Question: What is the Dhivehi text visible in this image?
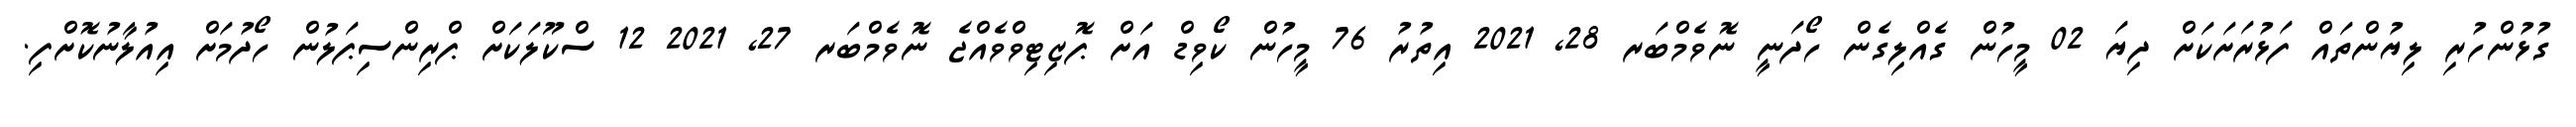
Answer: ގުޅުންހުރި ލިޔުންތައް ފަޅުރަށަކަށް ދިޔަ 02 މީހުން ގެއްލިގެން ހޯދަނީ ނޮވެމްބަރ 28, 2021 އިތުރު 76 މީހުން ކޯވިޑް އަށް ޕޮޒިޓިވްވެއްޖެ ނޮވެމްބަރ 27, 2021 12 ސްކޫލަކަށް ޕްރިންސިޕަލުން ހޯދުމަށް އިއުލާނުކޮށްފި.